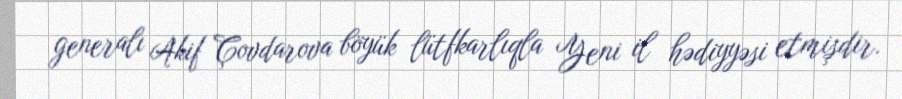
generalı Akif Çovdarova böyük lütfkarlıqla Yeni il hədiyyəsi etmişdir.